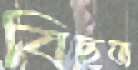
বিছত